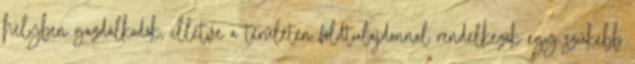
helyben gazdálkodók, illetve a területen földtulajdonnal rendelkezők egy szűkebb